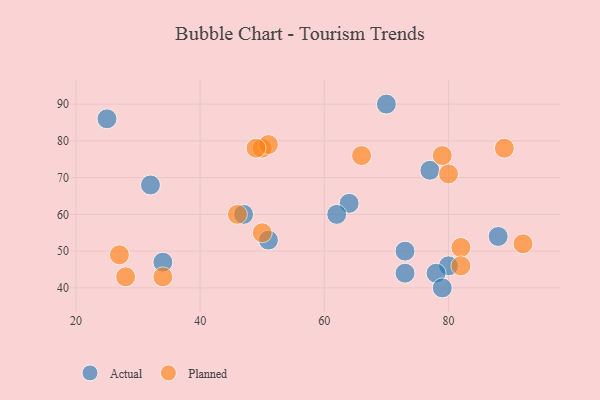
{"axis": {"x": "GDP", "y": "Life Expectancy"}, "legend": ["Actual", "Planned"], "data": [{"x": "64", "y": 63, "type": "Actual"}, {"x": "51", "y": 53, "type": "Actual"}, {"x": "62", "y": 60, "type": "Actual"}, {"x": "32", "y": 68, "type": "Actual"}, {"x": "73", "y": 50, "type": "Actual"}, {"x": "34", "y": 47, "type": "Actual"}, {"x": "80", "y": 46, "type": "Actual"}, {"x": "77", "y": 72, "type": "Actual"}, {"x": "47", "y": 60, "type": "Actual"}, {"x": "73", "y": 44, "type": "Actual"}, {"x": "88", "y": 54, "type": "Actual"}, {"x": "78", "y": 44, "type": "Actual"}, {"x": "79", "y": 40, "type": "Actual"}, {"x": "25", "y": 86, "type": "Actual"}, {"x": "70", "y": 90, "type": "Actual"}, {"x": "34", "y": 43, "type": "Planned"}, {"x": "80", "y": 71, "type": "Planned"}, {"x": "82", "y": 51, "type": "Planned"}, {"x": "92", "y": 52, "type": "Planned"}, {"x": "79", "y": 76, "type": "Planned"}, {"x": "50", "y": 78, "type": "Planned"}, {"x": "46", "y": 60, "type": "Planned"}, {"x": "89", "y": 78, "type": "Planned"}, {"x": "27", "y": 49, "type": "Planned"}, {"x": "51", "y": 79, "type": "Planned"}, {"x": "66", "y": 76, "type": "Planned"}, {"x": "50", "y": 55, "type": "Planned"}, {"x": "49", "y": 78, "type": "Planned"}, {"x": "28", "y": 43, "type": "Planned"}, {"x": "82", "y": 46, "type": "Planned"}]}